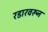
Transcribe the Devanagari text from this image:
रडारवरून